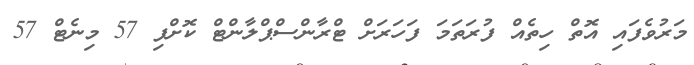
މަރުވެފައި އޮތް ހިތެއް ފުރަތަމަ ފަހަރަށް ޓްރާންސްޕްލާންޓް ކޮށްފި 57 މިނެޓް 57